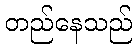
တည်နေသည်